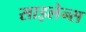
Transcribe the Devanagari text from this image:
साइलेन्स